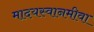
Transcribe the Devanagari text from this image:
मादयस्वानमीवा